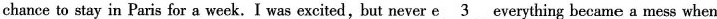
chance to stay in Paris for a week.I was excited,but never e\underline{3}everything became a mess when